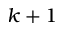
k + 1